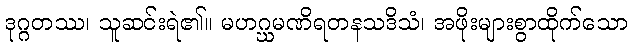
ဒုဂ္ဂတဿ၊ သူဆင်းရဲ၏။ မဟဂ္ဃမဏိရတနသဒိသံ၊ အဖိုးများစွာထိုက်သော